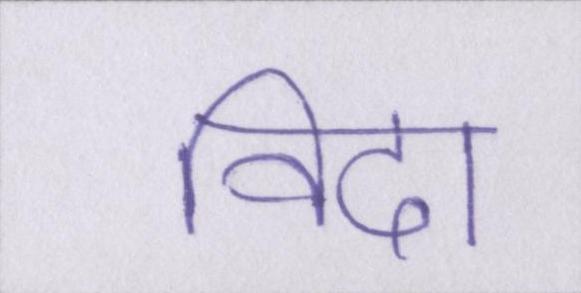
विदा